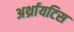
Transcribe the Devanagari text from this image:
अर्थ्रायटिस